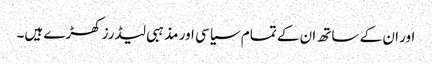
اور ان کے ساتھ ان کے تمام سیاسی اور مذہبی لیڈرز کھڑے ہیں۔